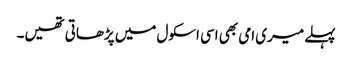
پہلے میری امی بھی اسی اسکول میں پڑھاتی تھیں۔